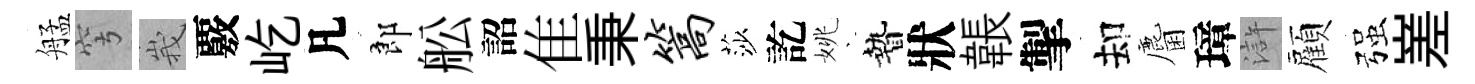
艋穹峩覈屹凡郎舩詔隹秉篙莎訖姚贄狀韔掣却麕璋滸顧强嵳